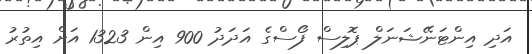
އަދި އިންޓަނޭޝަނަލް ޕޮލިސް ފޯސްގެ އަދަދު 900 އިން 1323 އަށް އިތުރު